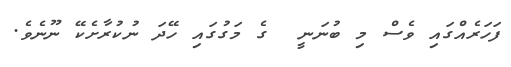
ފަހަރެއްގައި ވެސް މި ބުނަނީ  ގެ މަގުގައި ހޭދަ ނުކުރާށެކޭ ނޫނެވެ.